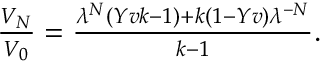
\begin{array} { r } { \frac { V _ { N } } { V _ { 0 } } = \frac { \lambda ^ { N } \left( Y v k - 1 \right) + k \left( 1 - Y v \right) \lambda ^ { - N } } { k - 1 } . } \end{array}